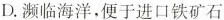
D. 濒临海洋，便于进口铁矿石